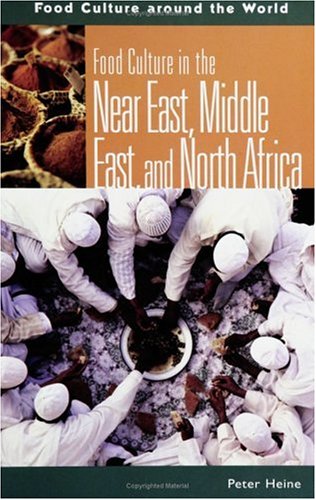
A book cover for Food Culture in the Near East, Middle East, and North Africa (Food Culture around the World); Peter Heine; Cookbooks, Food & Wine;